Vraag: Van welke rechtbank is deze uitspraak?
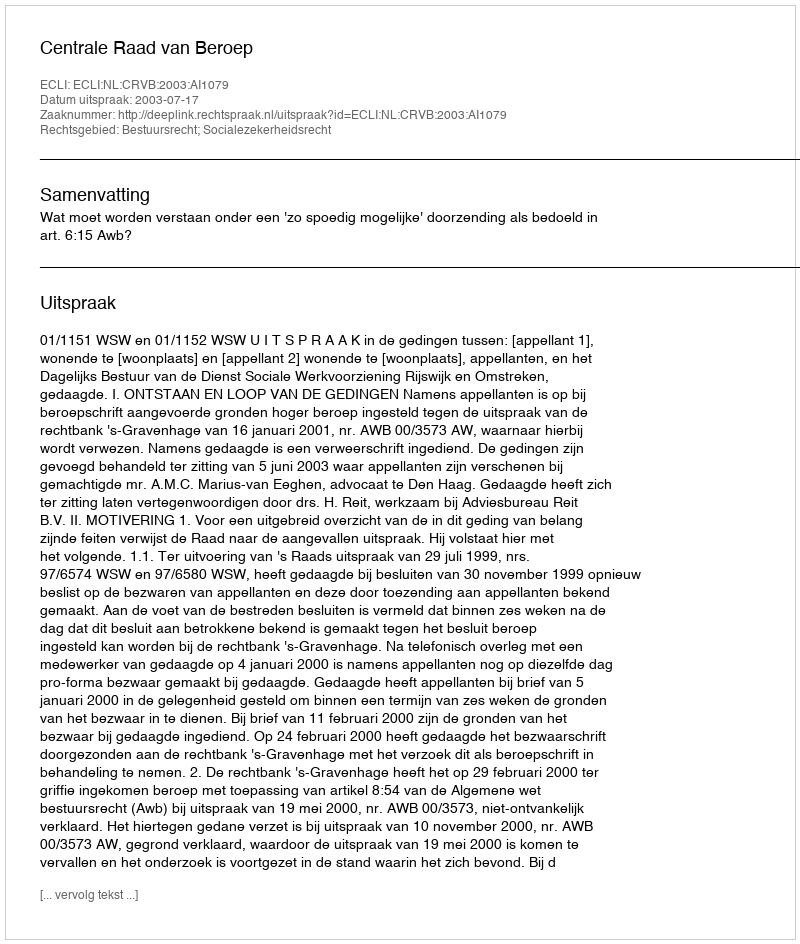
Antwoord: Centrale Raad van Beroep